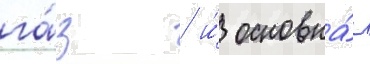
га́з / и́ основна́я